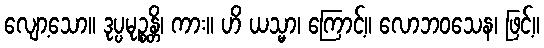
လျော့သော။ ဒုပ္ပမုဉ္စန္တိ၊ ကား။ ဟိ ယသ္မာ၊ ကြောင့်။ လောဘဝသေန၊ ဖြင့်။